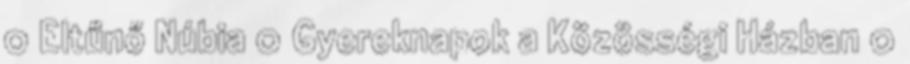
0 Eltűnő Núbia 0 Gyereknapok a Közösségi Házban 0